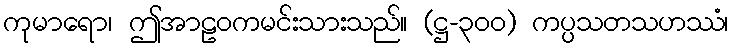
ကုမာရော၊ ဤအာဠဝကမင်းသားသည်။ (ဋ္ဌ-၃၀၀) ကပ္ပသတသဟဿံ၊